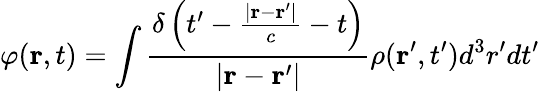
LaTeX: \varphi(\mathbf{r},t)=\int{\frac{\delta\left(t^{\prime}-{\frac{\left|\mathbf{r}-\mathbf{r}^{\prime}\right|}{c}}-t\right)}{\left|\mathbf{r}-\mathbf{r}^{\prime}\right|}}\rho(\mathbf{r}^{\prime},t^{\prime})d^{3}r^{\prime}dt^{\prime}